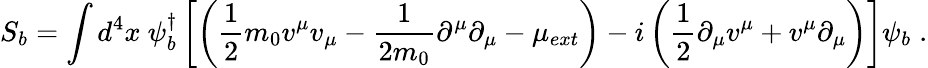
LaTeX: S_{b}=\int d^{4}x~\psi_{b}^{\dagger}\left[\left(\frac{1}{2}m_{0}v^{\mu}v_{\mu}-\frac{1}{2m_{0}}\partial^{\mu}\partial_{\mu}-\mu_{ext}\right)-i\left(\frac{1}{2}\partial_{\mu}v^{\mu}+v^{\mu}\partial_{\mu}\right)\right]\psi_{b}\; .